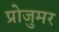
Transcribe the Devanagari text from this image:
प्रोजुमर